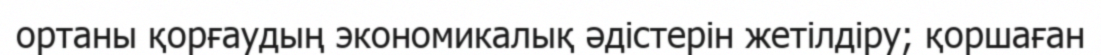
ортаны қорғаудың экономикалық әдістерін жетілдіру; қоршаған